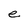
Character: e